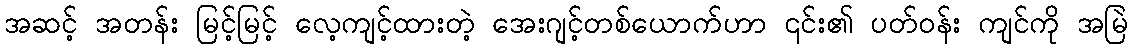
အဆင့် အတန်း မြင့်မြင့် လေ့ကျင့်ထားတဲ့ အေးဂျင့်တစ်ယောက်ဟာ ၎င်း၏ ပတ်ဝန်း ကျင်ကို အမြဲ